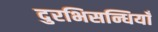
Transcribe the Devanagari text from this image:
दुरभिसन्धियाँ